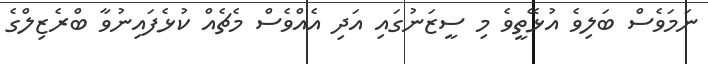
ނަމަވެސް ބަލިވެ އުޅޭތީވެ މި ސީޒަނުގައި އަދި އެއްވެސް މެޗެއް ކުޅެފައިނުވާ ބްރެޒިލްގެ